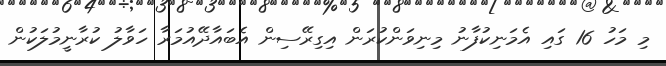
މި މަހު 16 ގައި އެމަނިކުފާނު މިނިވަންކުރަން އިގިރޭސިން އެބައާދޭއުމަރާ ހަވާލު ކުރާނީމުލަކުން